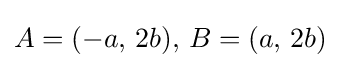
A=(-a,\,2b),\,B=(a,\,2b)